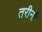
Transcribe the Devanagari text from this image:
तरीनों